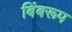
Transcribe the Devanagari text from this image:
बिंबरूप